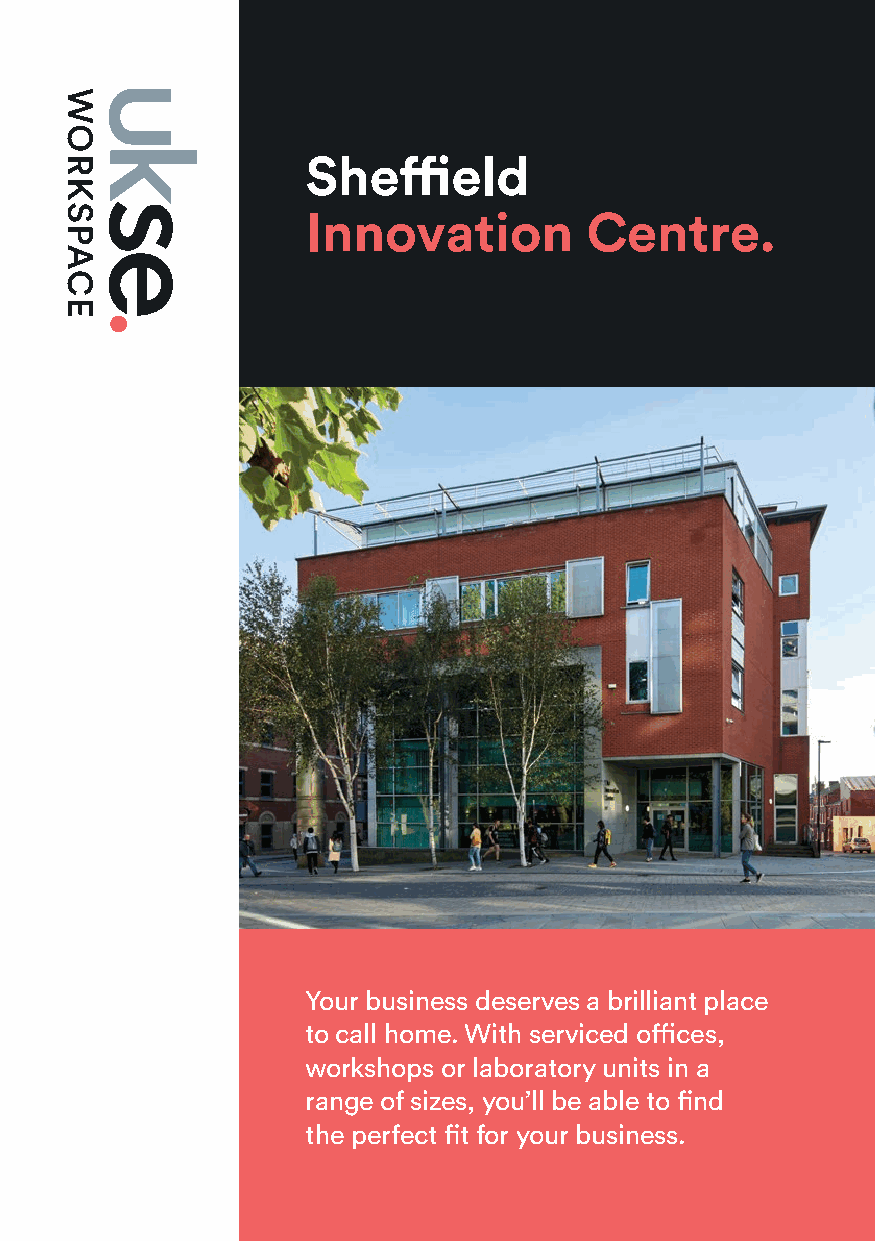
Sheffield
 Innovation         Centre.
 Your business deserves a brilliant place
 to call home. With serviced offices,
 workshops or laboratory units in a
 range of sizes, you’ll be able to find
 the perfect fit for your business.